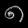
Digit: ၈